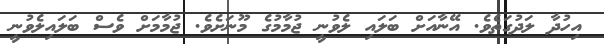
އިހުދާ ލަދުގަތެވެ. އޭނާއަށް ބަލައި ލެވުނީ ޖުމާމުގެ މޫނަށެވެ. ޖުމާމަށް ވެސް ބަލައިލެވުނީ